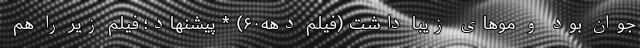
جوان بود و موهای زیبا داشت (فیلم دهه۶۰) * پیشنهاد؛ فیلم‌ زیر را هم